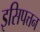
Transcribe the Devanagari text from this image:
इसिपत्तन